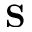
\mathbf { S }